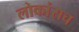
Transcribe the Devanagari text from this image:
लोकांसच